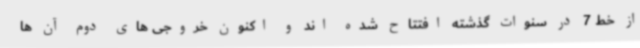
از خط 7 در سنوات گذشته افتتاح شده اند و اکنون خروجی های دوم آن ها